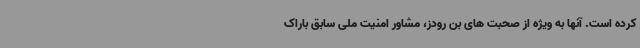
کرده است. آنها به ویژه از صحبت های بن رودز، مشاور امنیت ملی سابق باراک